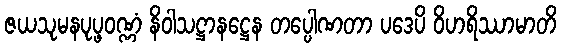
ဇယသုမနပုပ္ဖဝဏ္ဏံ နိဝါသဋ္ဌာနဋ္ဌေန တပ္ပေါဏတာ ပဒေပိ ဝိဟရိဿာမာတိ